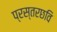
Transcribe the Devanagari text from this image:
प्रस्तरछवि